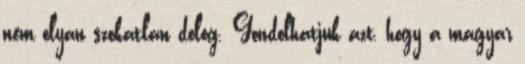
nem olyan szokatlan dolog. Gondolhatjuk azt, hogy a magyar